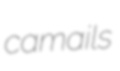
camails